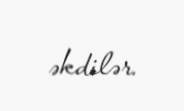
əkdilər.